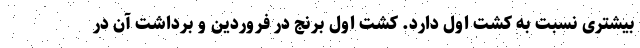
بیشتری نسبت به کشت اول دارد. کشت اول برنج در فروردین و برداشت آن در